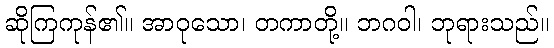
ဆိုကြကုန်၏။ အာဝုသော၊ တကာတို့။ ဘဂဝါ၊ ဘုရားသည်။